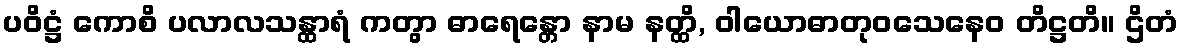
ပဝိဋ္ဌံ ကောစိ ပလာလသန္ထာရံ ကတွာ ဓာရေန္တော နာမ နတ္ထိ, ဝါယောဓာတုဝသေနေဝ တိဋ္ဌတိ။ ဌိတံ